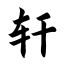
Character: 轩